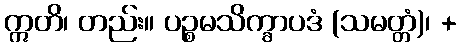
ဣတိ၊ တည်း။ ပဉ္စမသိက္ခာပဒံ (သမတ္တံ)၊ +